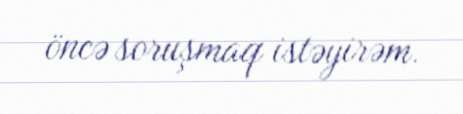
öncə soruşmaq istəyirəm.